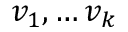
v _ { 1 } , \dots v _ { k }